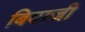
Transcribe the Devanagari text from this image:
बिदाजी